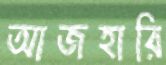
আজহারি